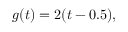
g ( t ) = 2 ( t - 0 . 5 ) ,